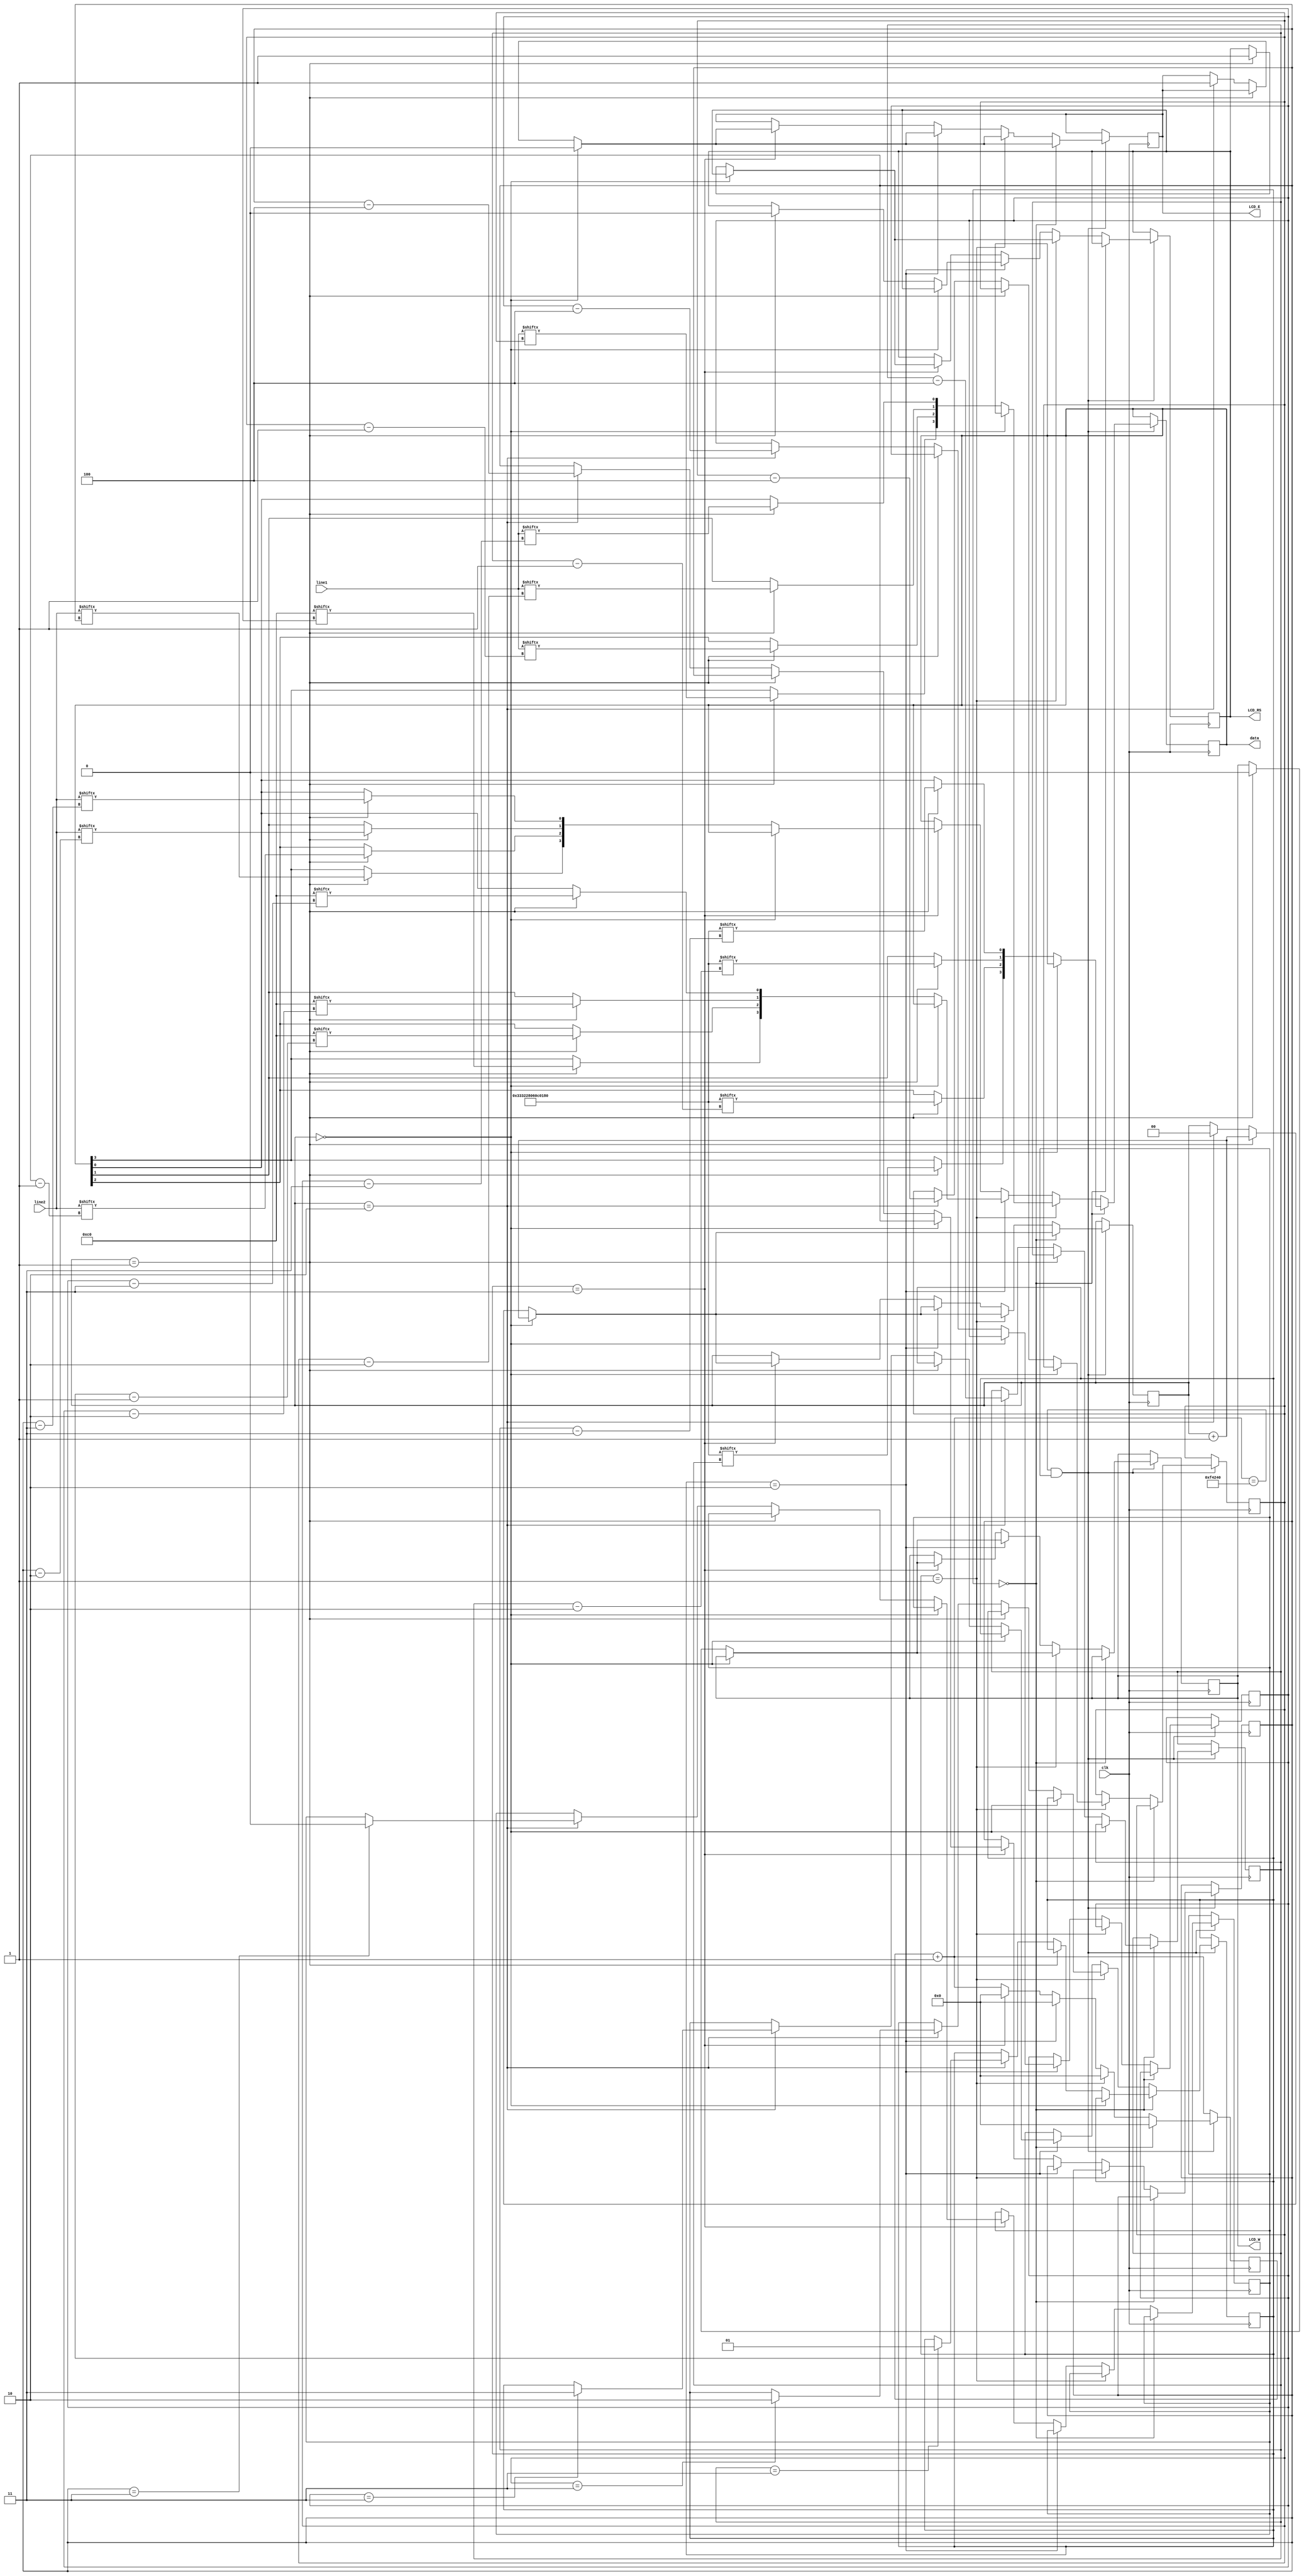
`timescale 1ns / 1ps
//////////////////////////////////////////////////////////////////////////////////
// Company: 
// Engineer: 
// 
// Design Name: 
// Module Name:    LCD_driver2 
// Project Name: 
// Target Devices: 
// Tool versions: 
// Description: 
//
// Dependencies: 
//
// Revision: 
// Revision 0.01 - File Created
// Additional Comments: 
//
//////////////////////////////////////////////////////////////////////////////////
module LCD_driver2(line1 , line2 , clk , LCD_RS , LCD_W , LCD_E , data);

input clk;
input [127:0] line1;
input [127:0] line2;
output LCD_E, LCD_W, LCD_RS;
output [3:0] data;
wire LCD_E, LCD_W, LCD_RS;
wire [3:0] data;

reg [31:0]counter;
reg [1:0] step;
reg flag;
reg e, w, rs;
reg [3:0] dr;
reg [1:0] idx;
reg [7:0] i,j,k,l;

wire[55:0] setup;
wire[7:0] brk;

initial begin
	e=0;
	w=0;
	rs=0;
	counter=32'b0;
	idx=0;
	step=0;
	flag=1;
	i=55;
	j=127;
	k=7;
	l=127;
end

assign data[3:0] = dr[3:0];
assign LCD_E = e;
assign LCD_W = w;
assign LCD_RS = rs; 

assign setup=56'h333228060C0180;
assign brk=8'hC0;

always @(posedge clk) begin
	counter = counter + 1;
	if(counter==1000000 && flag==1) begin
		if(step==2'b00) begin
			if(idx==2'b00) begin
				e=0;
				idx = idx+1;
			end
			else if(idx == 2'b01) begin
				dr[3] = setup[i];
				dr[2] = setup[i-1];
				dr[1] = setup[i-2];
				dr[0] = setup[i-3];
				idx=idx+1;	
			end
			else if(idx == 2'b10) begin
				if (i == 3) begin
					step = 2'b01;
					idx=0;
				end
				e=1;
				idx = 0;
				i = i-4;
			end
			counter = 0;
		end
		else if(step == 2'b01) begin
			if(idx==2'b00) begin
				e=0;
				idx = idx+1;
			end
			else if(idx == 2'b01) begin
				rs =1;
				w =0;
				dr[3] = line1[j];
				dr[2] = line1[j-1];
				dr[1] = line1[j-2];
				dr[0] = line1[j-3];
				idx=idx+1;
			end
			else if(idx == 2'b10) begin
				if (j==3) begin
					step = 2'b10;
					idx=0;
				end
				e=1;
				idx = 0;
				j = j-4;
			end
			counter = 0;
		end
		else if(step == 2'b10) begin 
			if(idx == 2'b00) begin
				e=0;
				idx = idx+1;
			end
			else if(idx == 2'b01) begin
				rs=0;
				w=0;
				dr[3] = brk[k];
				dr[2] = brk[k-1];
				dr[1] = brk[k-2];
				dr[0] = brk[k-3];
				idx=idx+1;
			end
			else if(idx == 2'b10) begin
				if (k==3) begin
					step = 2'b11;
					idx=0;
				end
				e=1;
				idx = 0;
				k = k-4;
			end
			counter = 0;
		end
		else if(step == 2'b11) begin
			if(idx==2'b00) begin
				e=0;
				idx = idx+1;
			end
			else if(idx == 2'b01) begin
				rs=1;
				w=0;
				dr[3] = line2[l];
				dr[2] = line2[l-1];
				dr[1] = line2[l-2];
				dr[0] = line2[l-3];
				idx=idx+1;	
			end
			else if(idx == 2'b10) begin
				if (l==3) begin
					flag=0;
				end
				e=1;
				idx = 0;
				l = l-4;
			end
			counter = 0;
		end	
	end
end

endmodule